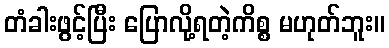
တံခါးဖွင့်ပြီး ပြောလို့ရတဲ့ကိစ္စ မဟုတ်ဘူး။